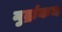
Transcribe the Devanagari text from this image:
मुद्रांकन